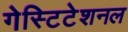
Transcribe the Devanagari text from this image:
गेस्टिटेशनल